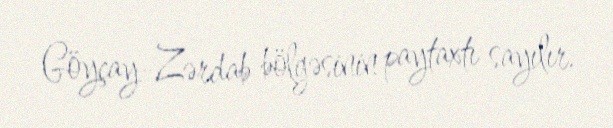
Göyçay-Zərdab bölgəsinin paytaxtı sayılır.